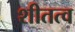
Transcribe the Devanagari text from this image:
शीतत्व